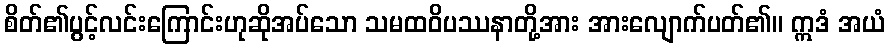
စိတ်၏ပွင့်လင်းကြောင်းဟုဆိုအပ်သော သမထဝိပဿနာတို့အား အားလျောက်ပတ်၏။ ဣဒံ အယံ